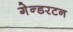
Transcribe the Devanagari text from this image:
गेन्डरटन